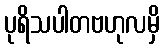
ပုရိသပါတဗဟုလမှိ